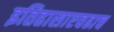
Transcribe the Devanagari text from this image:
इतिहासाएवढाच